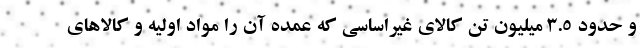
و حدود ۳.۵ میلیون تن کالای غیراساسی که عمده آن را مواد اولیه و کالاهای